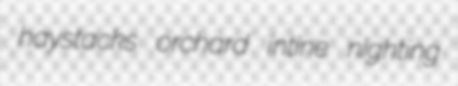
haystacks orchard intine nighting